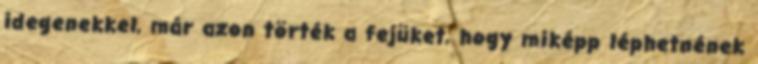
idegenekkel, már azon törték a fejüket, hogy miképp léphetnének